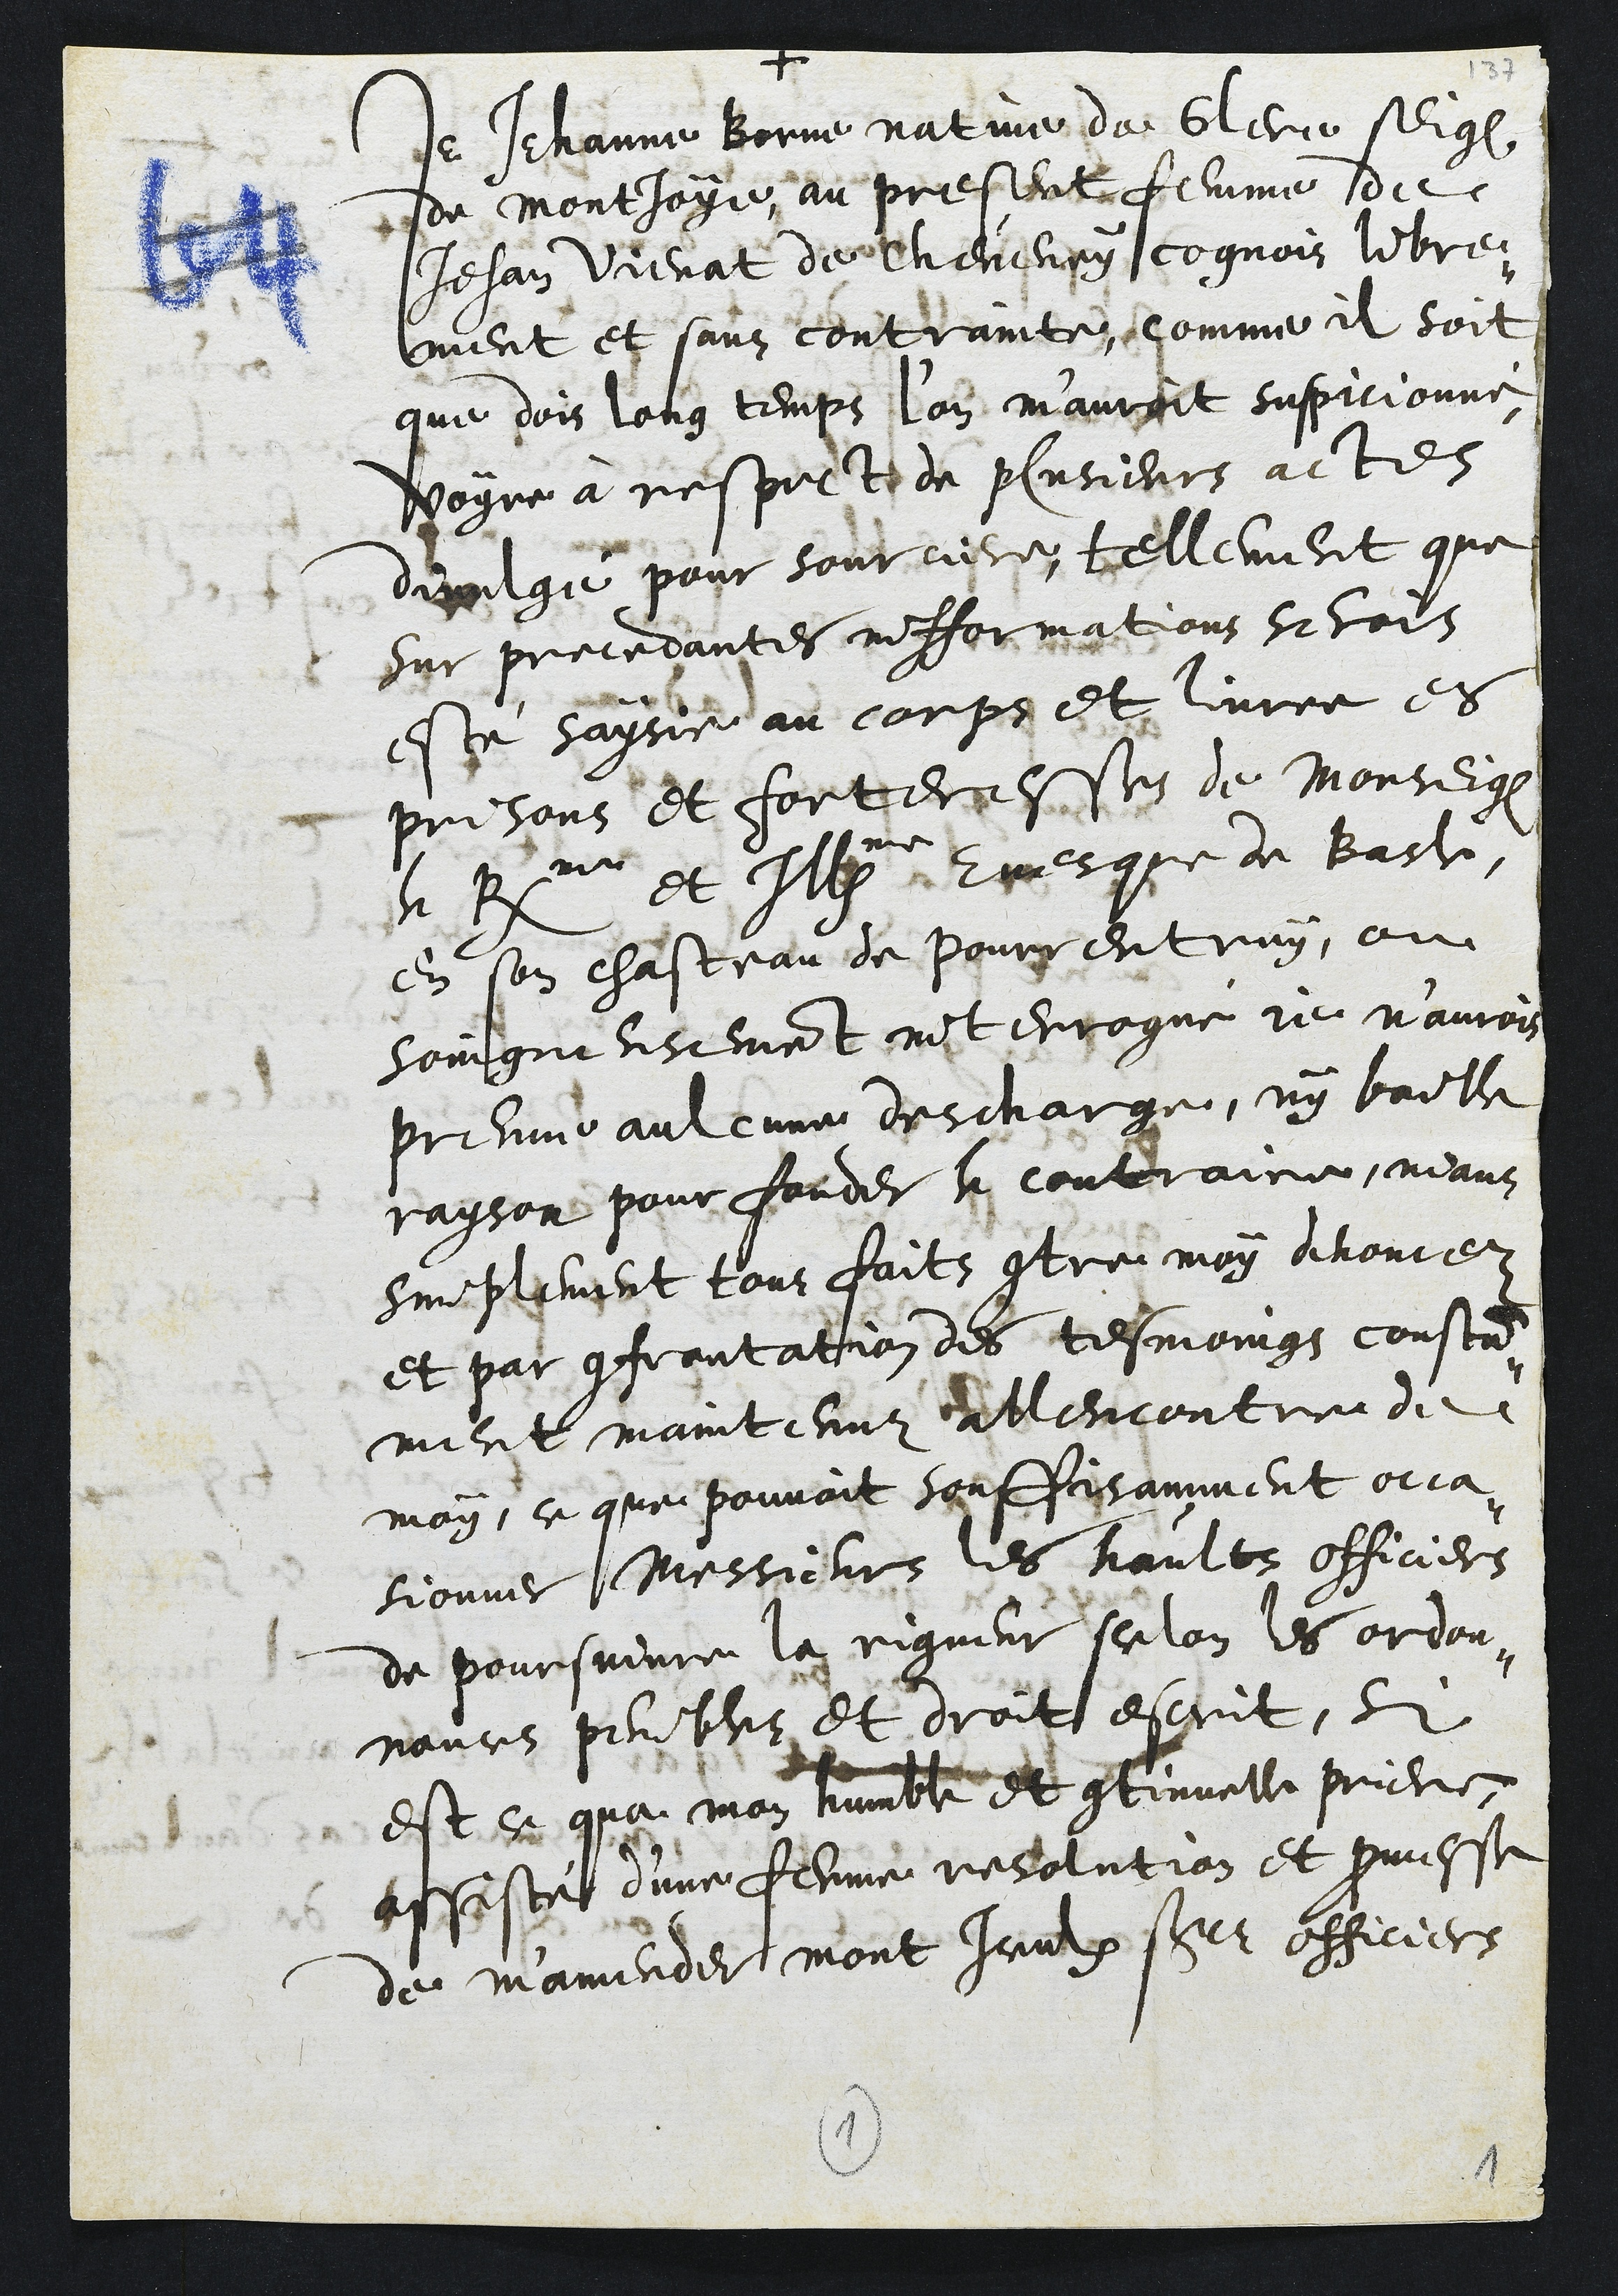
+
Je Jehanne Borne native de Glere seig
de Montjoye, au present femme de
Jehan Vienat de Cheveney cognois libre¬
ment et sans contrainte, comme il soit
que dois long temps l'on m'auroit suspicionné,
voyre à respect de plusieurs actes
divulgé pour sourciere, tellement que
sur precedantes infformations serois
esté saysie au corps et livree es
prisons et forteresses de Monseigneur
le Rme et Illme Evesque de Basle,
en son chasteau de Pourrentruy, ou
soingneusement interrogué je n'aurois
preuve aulcune descharge, ny baille
rayson pour fonder le contraire, nians
simplement tous faits contre moy denoncez
et par confrontation des tesmoings constam¬
ment maintenuz allencontre de
moy, ce que pouvoit souffisamment occa¬
sionner Messieurs les haults officiers
de poursuivre la rigueur selon les ordon¬
nances penibles et droit escrit, si
est ce qua mon humble et continuelle priere,
assisté d'une ferme resolution et promesse
de m'amender mont Iceulx sieurs officiers

1
1